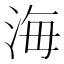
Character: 海